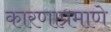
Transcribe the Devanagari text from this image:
कारणाप्रमाणे